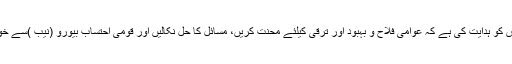
دریں اثناء وزیراعظم عمران خان نے سینئر بیوروکریٹس کو ہدایت کی ہے کہ عوامی فلاح و بہبود اور ترقی کیلئے محنت کریں، مسائل کا حل نکالیں اور قومی احتساب بیورو (نیب )سے خوفزدہ ہوئے بغیر وقت پر فیصلہ لینے کا خطرہ مول لیں۔